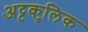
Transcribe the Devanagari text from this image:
अट्टकुलिक